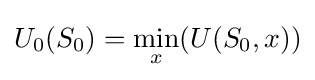
U_{0}(S_{0})={\underset {x}{\mathrm {min} }}(U(S_{0},x))